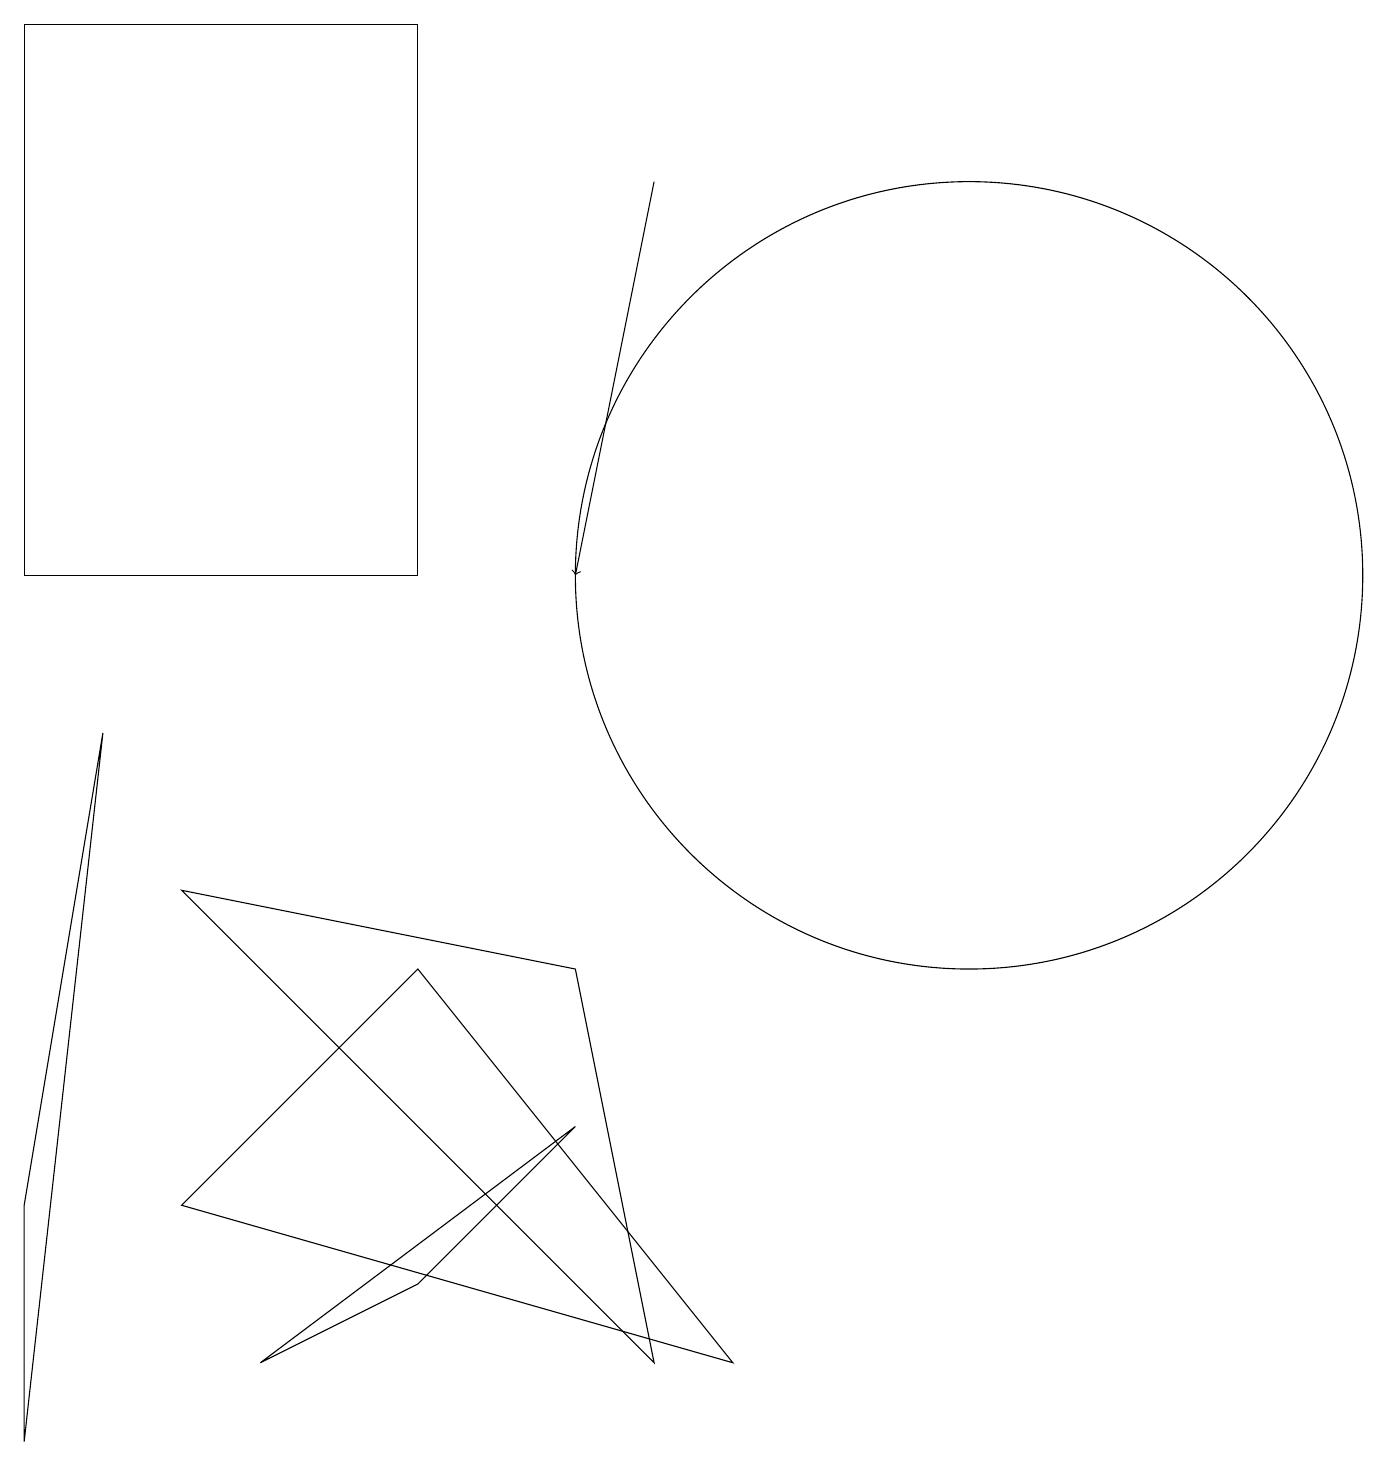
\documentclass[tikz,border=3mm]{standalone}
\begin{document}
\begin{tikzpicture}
\draw (12,11) circle (5);
\draw (7,6) -- (8,1) -- (2,7) -- cycle;
\draw (1,9) -- (0,3) -- (0,0) -- cycle;
\draw (3,1) -- (7,4) -- (5,2) -- cycle;
\draw (0,18) rectangle (5,11);
\draw[->] (8,16) -- (7,11);
\draw (9,1) -- (2,3) -- (5,6) -- cycle;
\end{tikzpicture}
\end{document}